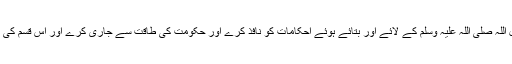
اب اسلامی حکومت وہی ہو گی، جو اللہ تعالی اور اس کے رسول اللہ صلی اللہ علیہ وسلم کے لائے اور بتائے ہوئے احکامات کو نافذ کرے اور حکومت کی طاقت سے جاری کرے اور اس قسم کی کافرانہ رپورٹوں اور فیصلوں کے لیے اس میں کوئی جگہ نہ ہو۔